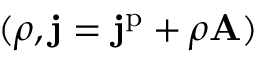
( \rho , \mathbf { j } = \mathbf { j } ^ { \mathrm { p } } + \rho \mathbf { A } )